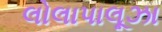
લોલાપાલૂઝા